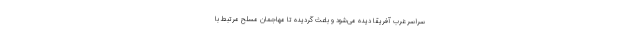
سراسر غرب آفریقا دیده می‌شود و باعث گردیده تا مهاجمان مسلح مرتبط با